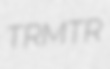
TRMTR